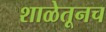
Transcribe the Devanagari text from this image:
शाळेतूनच